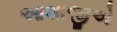
આશાજીએ